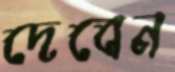
দেবেন